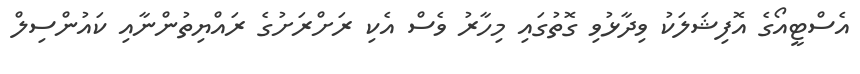
އެސްޓީއޯގެ އޮފިޝަލަކު ވިދާޅުވި ގޮތުގައި މިހާރު ވެސް އެކި ރަށްރަށުގެ ރައްޔިތުންނާއި ކައުންސިލް